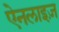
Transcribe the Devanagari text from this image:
ऐनलाइज़